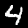
Digit: 4